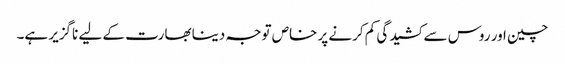
چین اور روس سے کشیدگی کم کرنے پر خاص توجہ دینا بھارت کے لیے ناگزیر ہے۔